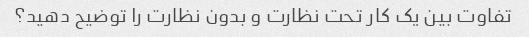
تفاوت بین یک کار تحت نظارت و بدون نظارت را توضیح دهید؟